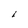
Character: 6